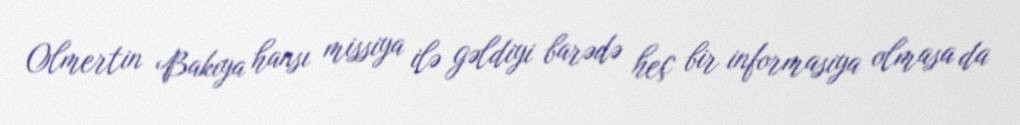
Olmertin Bakıya hansı missiya ilə gəldiyi barədə heç bir informasiya olmasa da